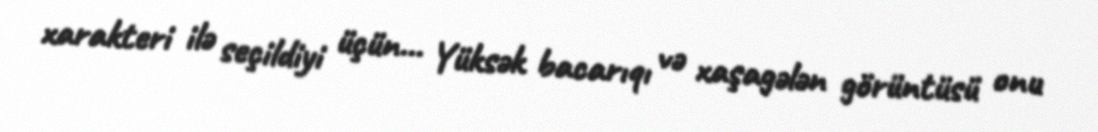
xarakteri ilə seçildiyi üçün... Yüksək bacarıqı və xaşagələn görüntüsü onu